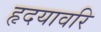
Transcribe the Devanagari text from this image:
हृदयावरि